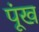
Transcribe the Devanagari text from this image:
पूंख